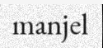
manjel